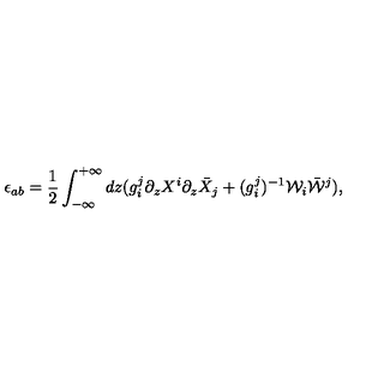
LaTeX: \epsilon _ { a b } = \frac { 1 } { 2 } \int _ { - \infty } ^ { + \infty } d z ( g _ { i } ^ { j } \partial _ { z } X ^ { i } \partial _ { z } \bar { X } _ { j } + ( g _ { i } ^ { j } ) ^ { - 1 } { \cal W } _ { i } \bar { { \cal W } } ^ { j } ) ,